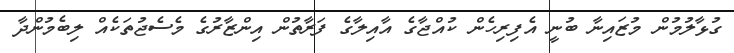
ގުޅާލުމުން މުޒައިނާ ބުނީ އެފިރިހެން ކުއްޖާގެ އާއިލާގެ ފަރާތުން އިންޒާރުގެ މެސެޖުތަކެއް ލިބެމުންދާ